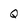
Character: Q